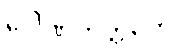
ဂေါဏကတ္ထတေ